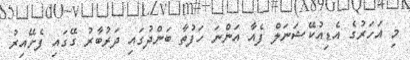
މި އަހަރުގެ އެޑިއުކޭޝަނަލް ފެއާ އަންނަ ހަފުތާ ބަންދުގައި ދަރުބާރު ގޭގައި ފެށޭއިރު